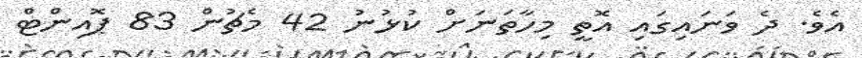
އެވެ. ދެ ވަނައިގައި އޮތީ މިހާތަނަށް ކުޅުނު 42 މެޗުން 83 ޕޮއިންޓް